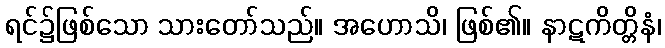
ရင်၌ဖြစ်သော သားတော်သည်။ အဟောသိ၊ ဖြစ်၏။ နာဋကိတ္တိနံ၊